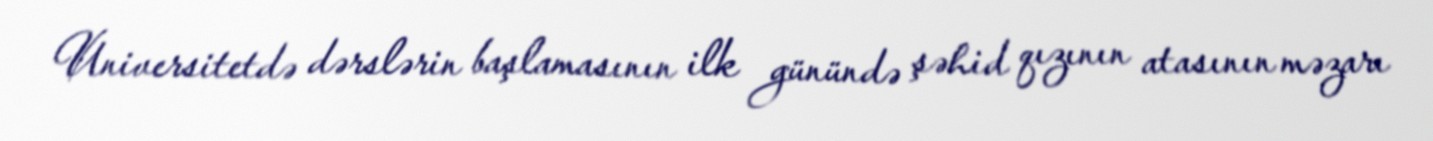
Universitetdə dərslərin başlamasının ilk günündə şəhid qızının atasının məzarı